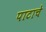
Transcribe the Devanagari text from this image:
पाटाचे